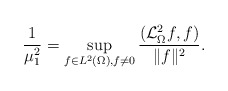
\begin{align*}\frac{1}{\mu_{1}^{2}}=\sup_{f\in L^{2}(\Omega), f\not=0}\frac{(\mathcal{L}^{2}_\Omega f,f)}{\| f\|^{2}}.\end{align*}